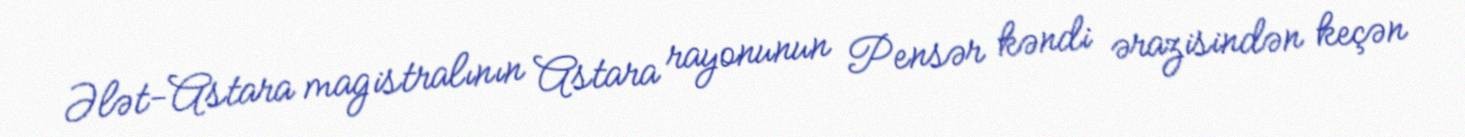
Ələt-Astara magistralının Astara rayonunun Pensər kəndi ərazisindən keçən